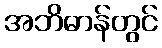
အဘိဓာန်တွင်